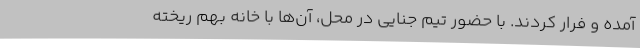
آمده و فرار کردند. با حضور تیم جنایی در محل، آن‌ها با خانه بهم ریخته